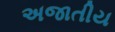
અજાતીય